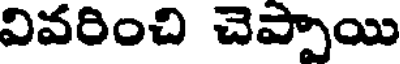
వివరించి చెప్పాయి